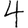
Digit: 4